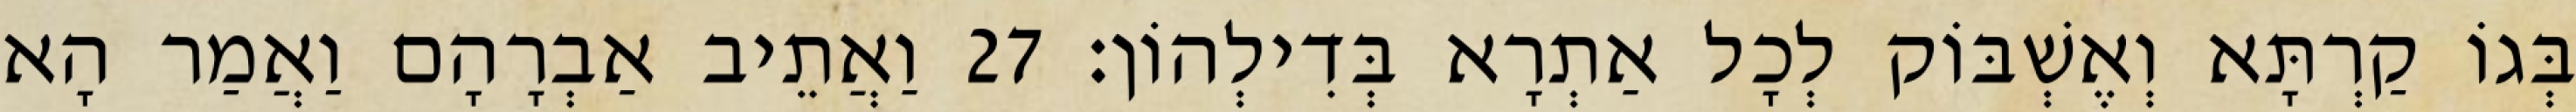
בְּגוֹ קַרְתָּא וְאֶשְׁבּוֹק לְכָל אַתְרָא בְּדִילְהוֹן׃ 27 וַאֲתֵיב אַבְרָהָם וַאֲמַר הָא